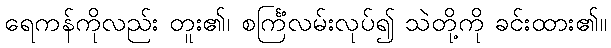
ရေကန်ကိုလည်း တူး၏၊ စင်္ကြံလမ်းလုပ်၍ သဲတို့ကို ခင်းထား၏။